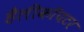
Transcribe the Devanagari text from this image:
हैलीकाॅपटर